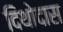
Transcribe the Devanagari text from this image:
दिथोदास